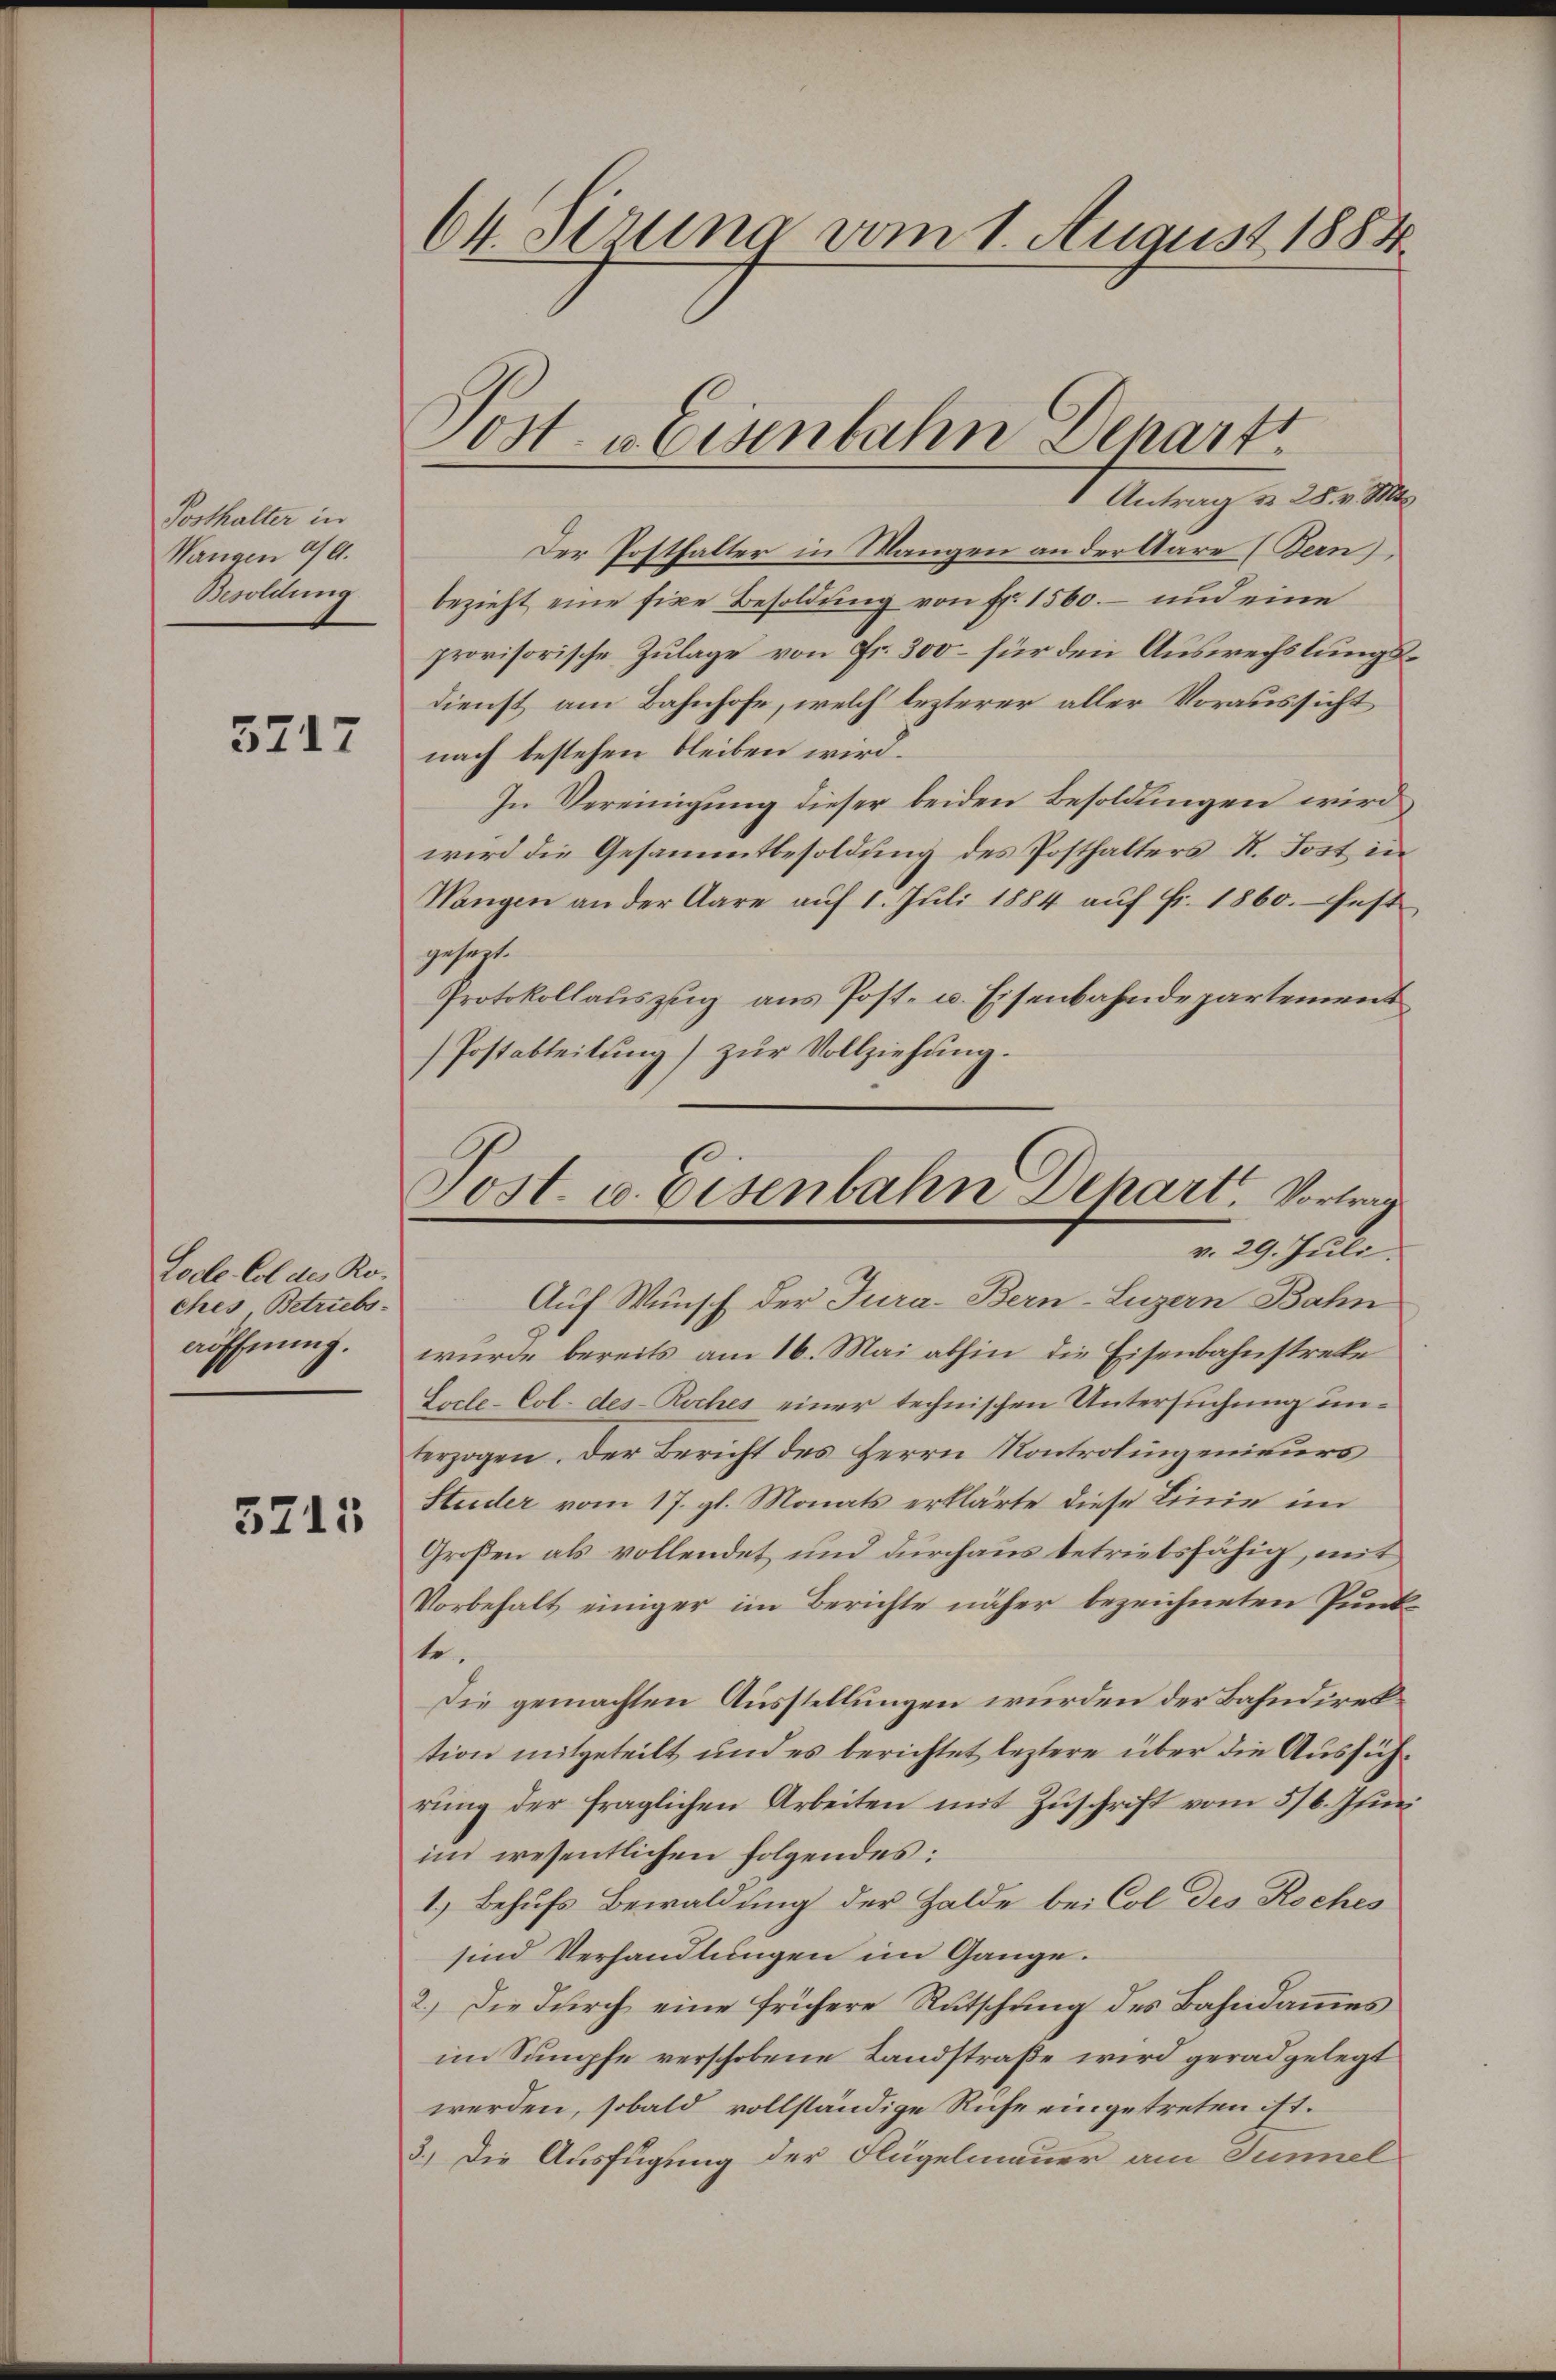
Posthalter in
Wangen 90.
Besoldung

3717

Lode Col des Ro-
ches Betriebsaöffnung.

5215

64. Sirung vom 1. August 1884

1 Antrag d. 28. v. Mts.
Der Posthalter in Mangen an der Aare (Bern),
bezieht eine fixe Besoldung von Fr. 1560. – und eine
provisorische Zulage von Fr. 300 – für den Auswechslungsdienst am Bahnhofe, welch lezterer aller Voraussicht
nach bestehen bleiben wird.
In Vereinigung dieser beiden Besoldungen wird
wird die Gesammtbesoldung des Posthalters R. Tost in
Mangen an der Aare aŭf 1. Jŭli 1884 aŭf fr. 1860. fest
gesagt.
Protokollauszug aus Post- u. Eisenbahndepartement
Postabteilung) zur Vollziehung.

Jost u. Eisenbahn Denart

Post. v. Eisenbahn Depart, Vortrag
v. 29. Juli.
Auf Wunsch der Jura. Bern-Luzern Bahn

wurde bereits am 16. Mai abhin die Eisenbahnstreke
Locle-Col. des- Roches einer technischen Untersuchung unterzogen. Der Bericht des Herrn Kontrolingenieurs
Studer vom 17. gl. Monats erklärte diese Linie im
Großen als vollendet und durchaus betriebsfähig, mit
Vorbehalt einiger im Berichte näher bezeichneten Punkte.
Die gemachten Ausstellungen wurden der Bahndirektion mitgeteilt und es berichtet leztere über die Ausführung der fraglichen Arbeiten mit Zuschrift vom 5/6. Juni
im wesentlichen folgendes:
1.) Behufs Bewaldung der Halde bei Col des Roches
sind Verhandlungen im Gange.
2.) Die durch eine frühere Rutschung des Bahndammes
im Sumpfe verschobene Landstraße wird gerad gelegt
werden, sobald vollständige Riche eingetreten ist.
3.) Die Ausfügung der Flügelmauer am Tunnel